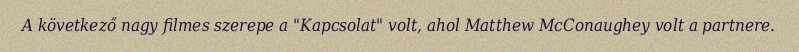
A következő nagy filmes szerepe a "Kapcsolat" volt, ahol Matthew McConaughey volt a partnere.